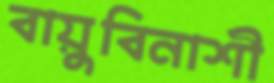
বায়ুবিনাশী